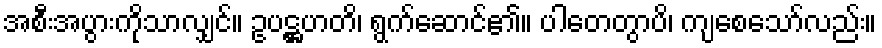
အစီးအပွားကိုသာလျှင်။ ဥပဋ္ဌဟတိ၊ ရွက်ဆောင်၏။ ပါတေတွာပိ၊ ကျစေသော်လည်း။